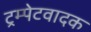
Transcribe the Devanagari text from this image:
ट्रम्पेटवादक